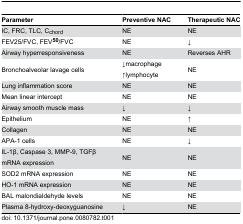
<table><thead><tr><td><b>Parameter</b></td><td><b>Preventive NAC</b></td><td><b>Therapeutic NAC</b></td></tr></thead><tbody><tr><td>IC, FRC, TLC, C<sub>chord</sub></td><td>NE</td><td>NE</td></tr><tr><td>FEV25/FVC, FEV<b><sup>50</sup></b>/FVC</td><td>NE</td><td>↓</td></tr><tr><td>Airway hyperresponsiveness</td><td>NE</td><td>Reverses AHR</td></tr><tr><td>Bronchoalveolar lavage cells</td><td>↓macrophage ↑lymphocyte</td><td>NE</td></tr><tr><td>Lung inflammation score</td><td>NE</td><td>NE</td></tr><tr><td>Mean linear intercept</td><td>NE</td><td>NE</td></tr><tr><td>Airway smooth muscle mass</td><td>↓</td><td>↓</td></tr><tr><td>Epithelium</td><td>NE</td><td>↑</td></tr><tr><td>Collagen</td><td>NE</td><td>NE</td></tr><tr><td>APA-1 cells</td><td>NE</td><td>↓</td></tr><tr><td>IL-1β, Caspase 3, MMP-9, TGFβ mRNA expression </td><td>NE</td><td>NE</td></tr><tr><td>SOD2 mRNA expression</td><td>NE</td><td>NE</td></tr><tr><td>HO-1 mRNA expression</td><td>NE</td><td>NE</td></tr><tr><td>BAL malondialdehyde levels</td><td>NE</td><td>NE</td></tr><tr><td>Plasma 8-hydroxy-deoxyguanosine</td><td>↓</td><td>NE</td></tr></tbody></table>